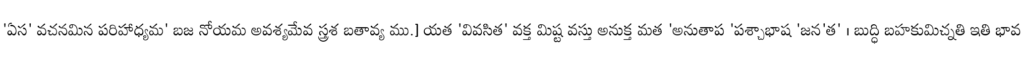
'ఏస' వచనమిన పరిహాధ్యమ' బజ నోయమ అవశ్యమేవ స్త్రశ బతావ్య ము.] యత 'వివసిత' వక్త మిష్ట వస్తు అనుక్త మత 'అనుతాప 'పశ్చాభాష 'జన'త' । బుద్ధి బహకుమిచ్నతి ఇతి భావ